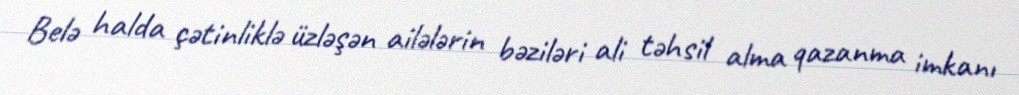
Belə halda çətinliklə üzləşən ailələrin bəziləri ali təhsil alma qazanma imkanı